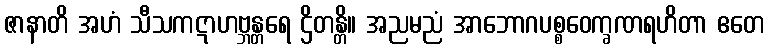
ဇာနာတိ အဟံ သီသကဋာဟဗ္ဘန္တရေ ဌိတန္တိ။ အညမညံ အာဘောဂပစ္စဝေက္ခဏရဟိတာ ဧတေ